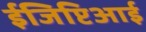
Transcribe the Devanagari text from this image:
ईजिप्टिआई